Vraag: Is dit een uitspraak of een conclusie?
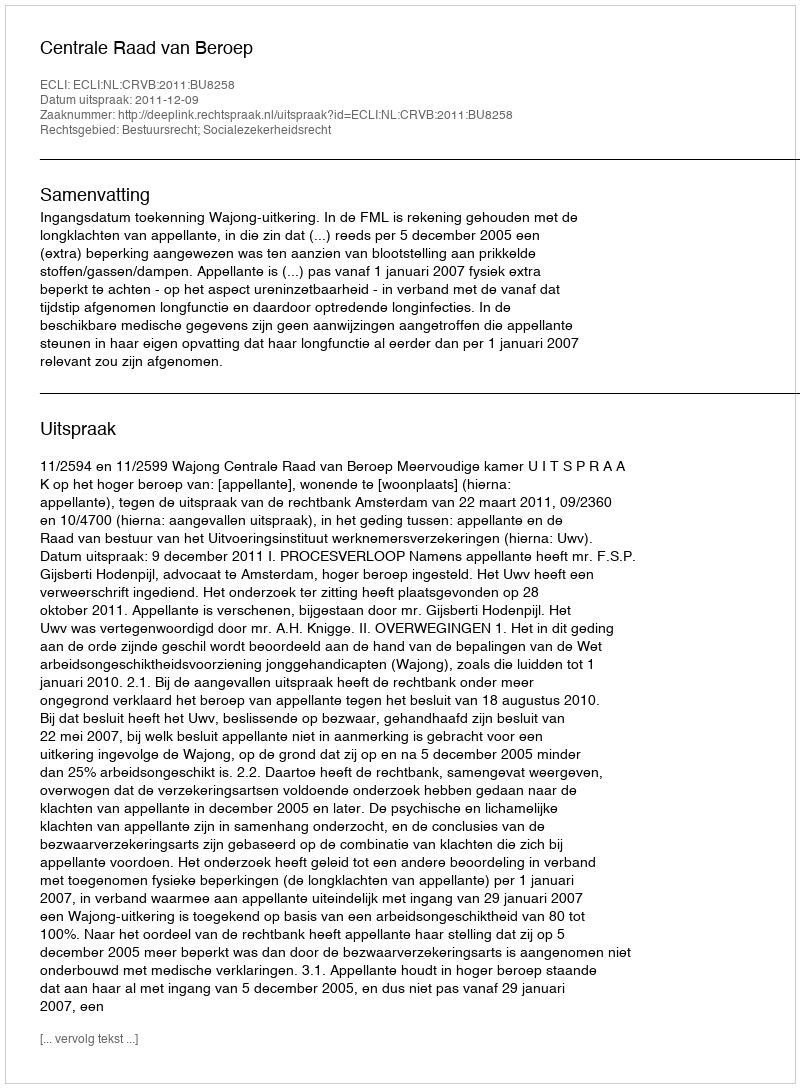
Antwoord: Uitspraak